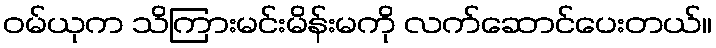
ဝမ်ယုက သိကြားမင်းမိန်းမကို လက်ဆောင်ပေးတယ်။